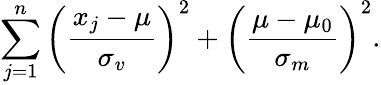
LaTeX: \sum_{j=1}^{n}\left({\frac{x_{j}-\mu}{\sigma_{v}}}\right)^{2}+\left({\frac{\mu-\mu_{0}}{\sigma_{m}}}\right)^{2}.